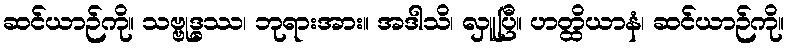
ဆင်ယာဉ်ကို။ သဗ္ဗုဒ္ဓဿ၊ ဘုရားအား။ အဒါသိ၊ လှူပြီ။ ဟတ္ထိယာနံ၊ ဆင်ယာဉ်ကို။